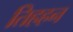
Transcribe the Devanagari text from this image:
तिहहन